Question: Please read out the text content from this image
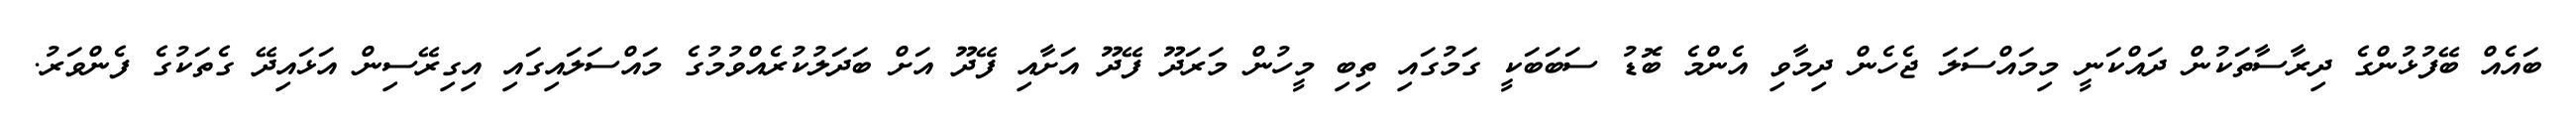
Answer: ބައެއް ބޭފުޅުންގެ ދިރާސާތަކުން ދައްކަނީ މިމައްސަލަ ޖެހެން ދިމާވި އެންމެ ބޮޑު ސަބަބަކީ ގަމުގައި ތިބި މީހުން މަރަދޫ ފޭދޫ އަށާއި ފޭދޫ އަށް ބަދަލުކުރެއްވުމުގެ މައްސަލައިގައި އިގިރޭސިން އަޅައިދޭ ގެތަކުގެ ފެންވަރު.